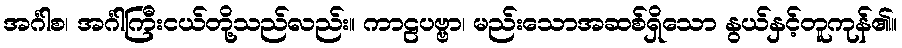
အင်္ဂါစ၊ အင်္ဂါကြီးငယ်တို့သည်လည်း။ ကာဠပဗ္ဗာ၊ မည်းသောအဆစ်ရှိသော နွယ်နှင့်တူကုန်၏။